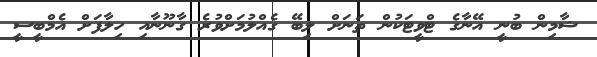
ޝާމިން ބުނީ އޭނާގެ ޓްވީޓަކުން ތަނަށް ލިބޭ ގެއްލުމަށްވުރެ ގާނޫނާއި ހިލާފަށް އެމްބީސީ